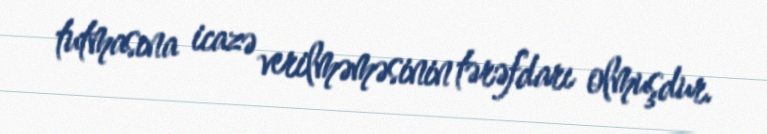
tutmasına icazə verilməməsinin tərəfdarı olmuşdur.